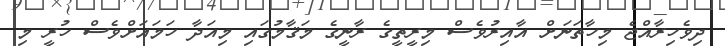
ދިވެހިރާއްޖެ މިހާތަނަށް އާއިރުވެސް މިރީތީގެ ރާނީގެ މަޤާމުގައި މިއަދާ ހަމައަށްވެސް ހުރީ މި